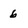
Character: 6